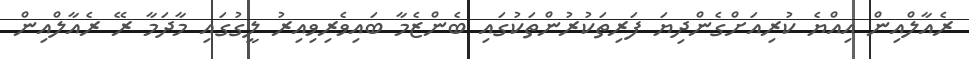
ރެއާލްއިން އިއްޔެ ކުރިއަށްގެންދިޔަ ފަރިތަކުރުންތަކުގައި ބެންޒެމާ ބައިވެރިވިއިރު ލީގުގައި މާދަމާ ރޭ ރެއާލްއިން